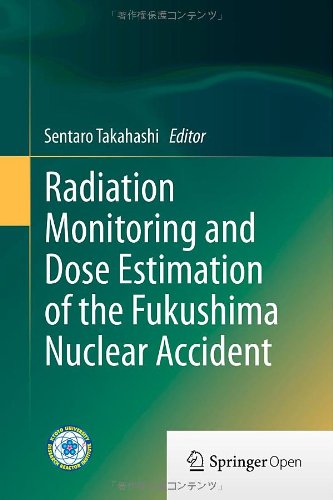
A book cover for Radiation Monitoring and Dose Estimation of the Fukushima Nuclear Accident; Science & Math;